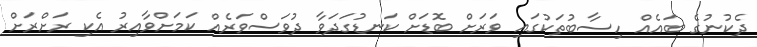
ދެކުނުގެ ބައެއް ހިސާބުތަކުގައި ވަރަށް ބޮޑަށް ކަނޑުގަދަވާ ދުވަސްވަރެއް ކަމަށްވާއިރު އެކި ރަށްރަށް